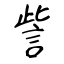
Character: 訾